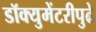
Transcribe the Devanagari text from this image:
डॉक्युमेंटरीपुढे